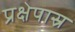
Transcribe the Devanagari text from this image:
प्रक्षेपास्र